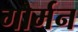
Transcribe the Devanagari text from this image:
गौर्मन